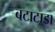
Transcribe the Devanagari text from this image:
बटाटाडा